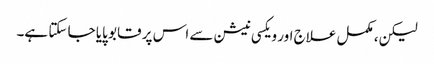
لیکن، مکمل علاج اور ویکسی نیشن سے اس پر قابو پایا جا سکتا ہے۔